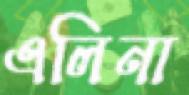
এলিনা